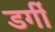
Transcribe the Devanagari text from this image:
डर्गी